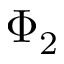
\Phi _ { 2 }